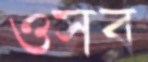
ওসব